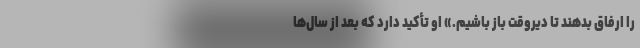
را ارفاق بدهند تا دیروقت باز باشیم.» او تأکید دارد که بعد از سال‌ها